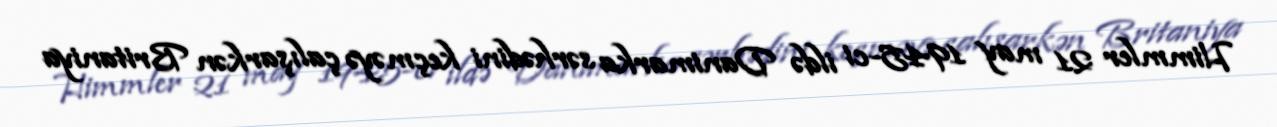
Himmler 21 may 1945-ci ildə Danimarka sərhədini keçməyə çalışarkən Britaniya